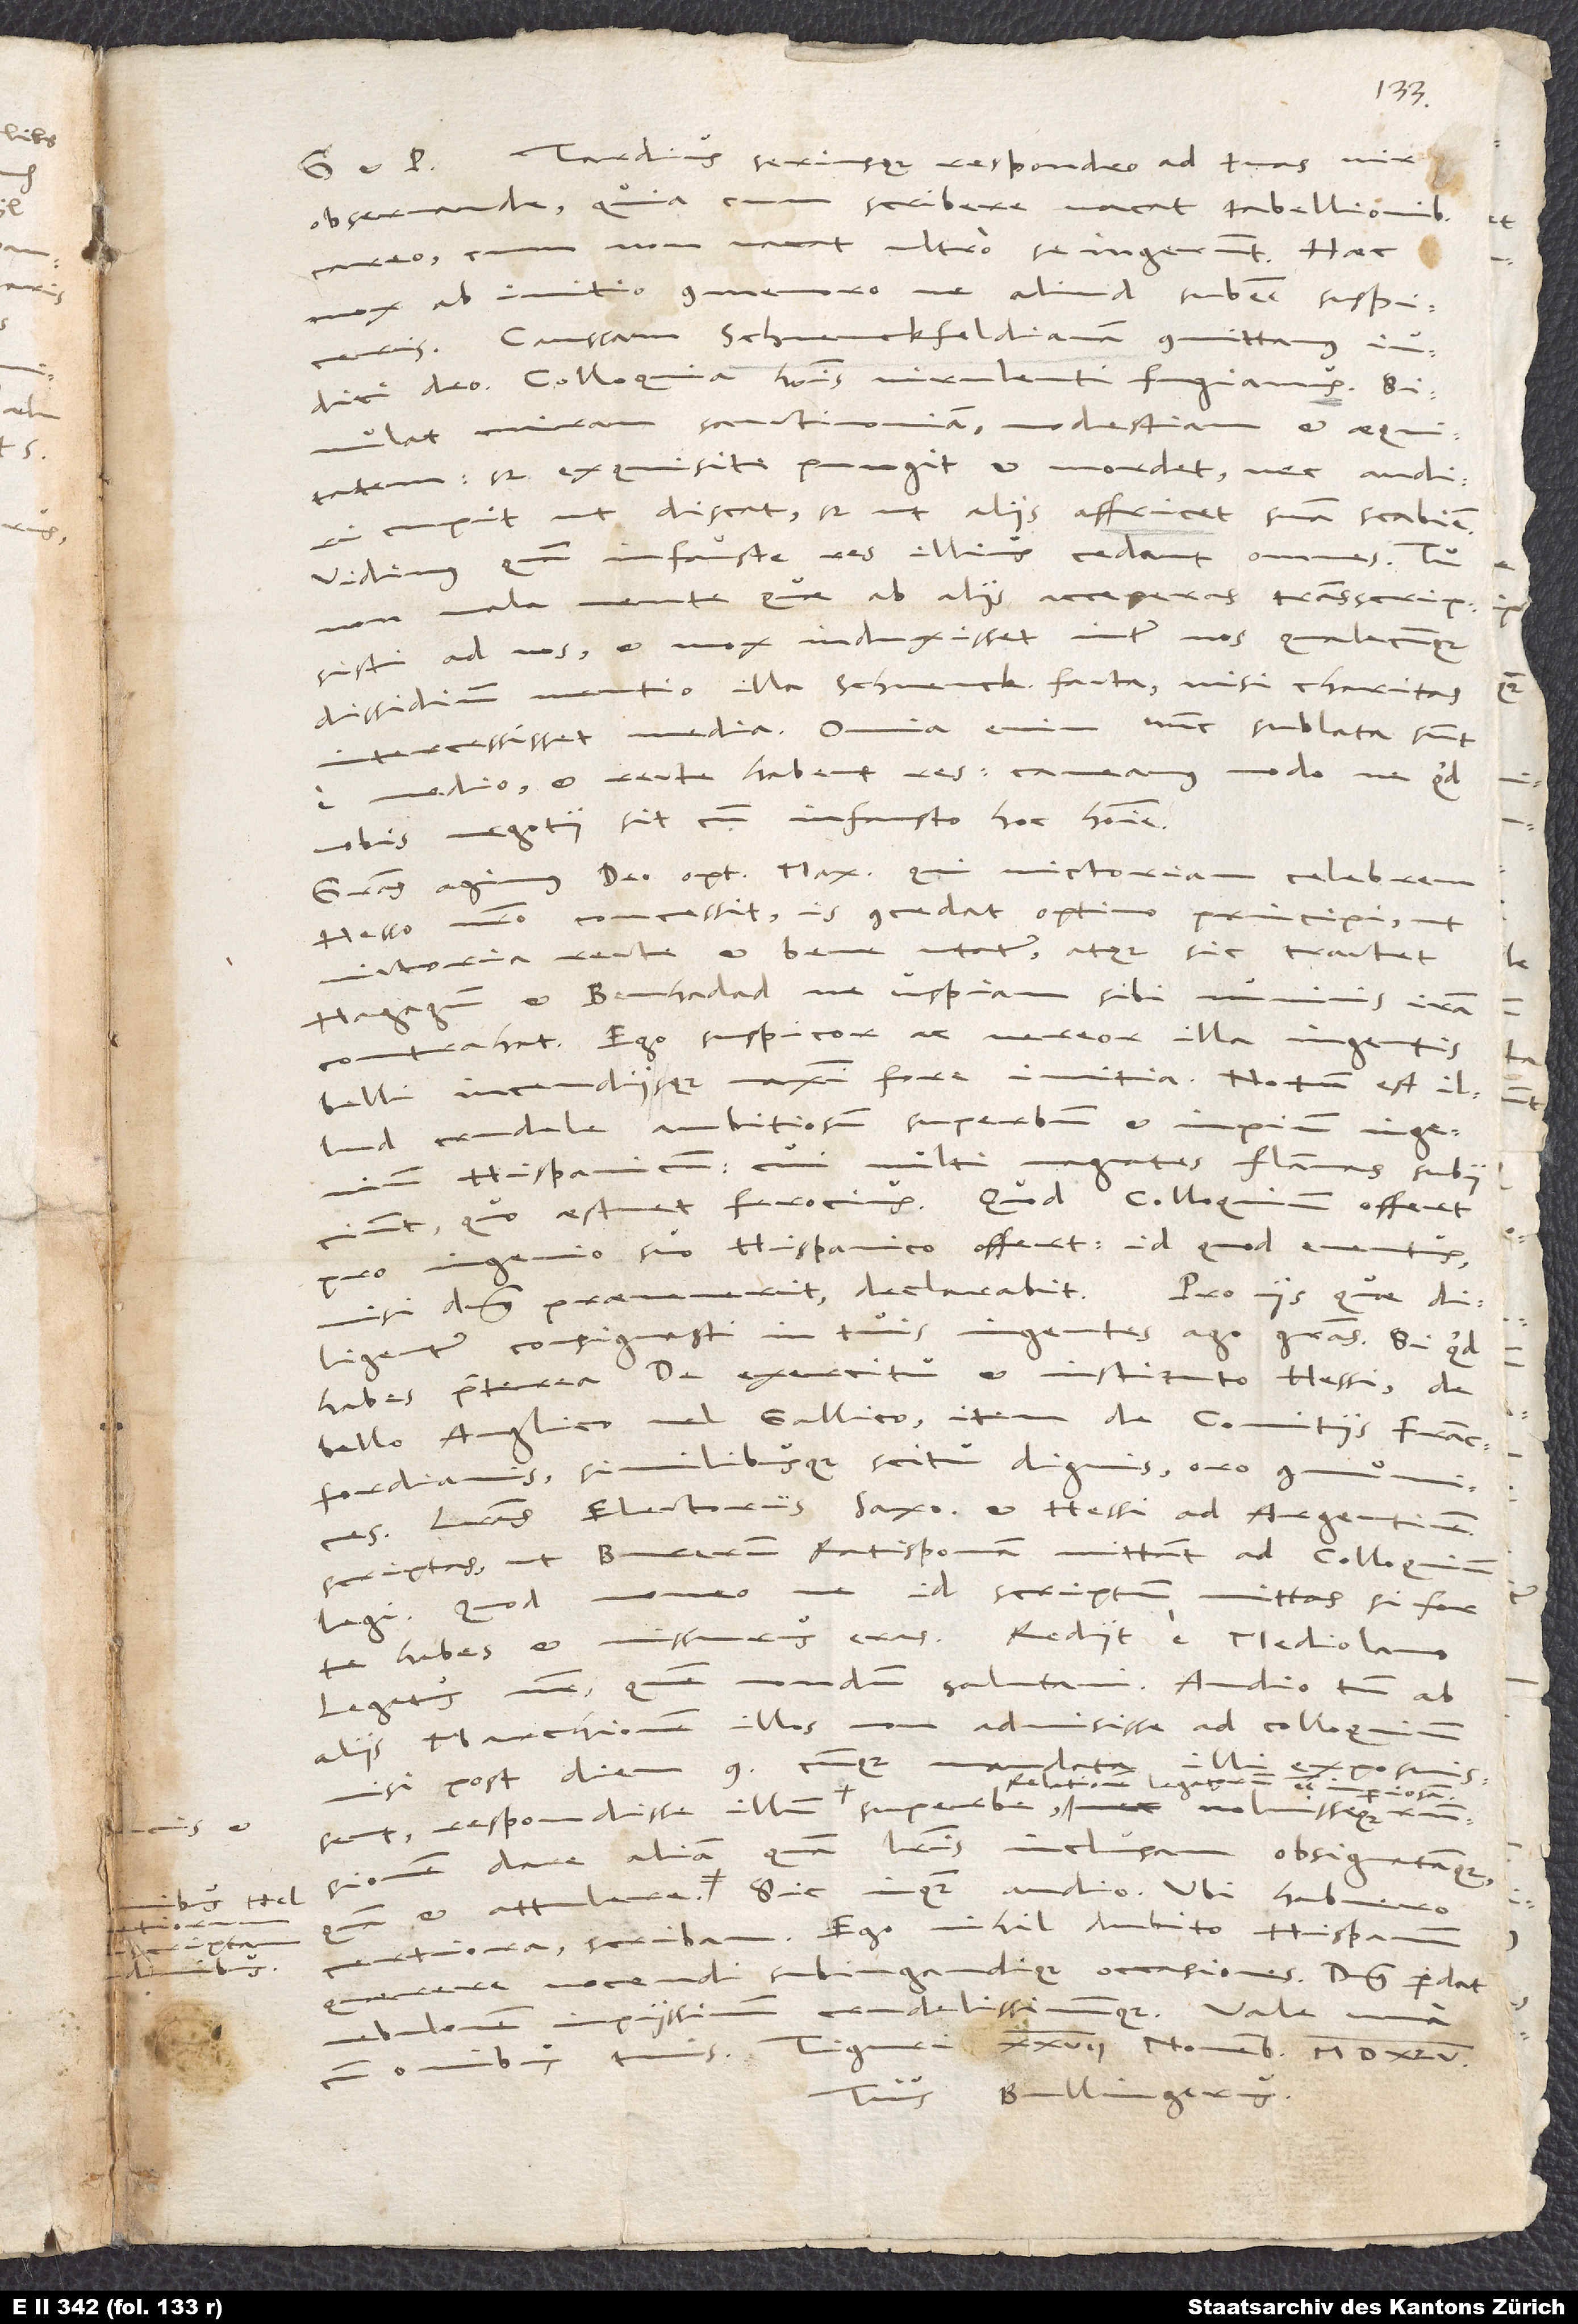
Tardius seriusque
respondeo ad tuas, vir
observande, quia, cum
scribere vacat, tabellionibus
careo, cum non vacat,
ultro se ingerunt.
mox ab initio commemoro, ne aliud subesse suspiceris.
Caussam Schvenckfeldianam committamus
iudici deo. Colloquia hominis virulenti fugiamus.
Simulat miram sanctimoniam, modestiam et aequitatem,
sed exquisite pungit et mordet, nec audiri
cupit, ut discat, sed ut aliis affricet suam scabiem.
Vidimus, quam infauste res illius cedant omnes: Tu
mala mente, quae ab aliis acceperas, transscripsisti
ad nos, et mox induxisset inter nos qualecunque
dissidium mentio illa Schvenckfeldii facta, nisi charitas
intercessisset media. Omnia enim nunc sublata sunt
e medio, et recte habent res. Caveamus modo, ne quid
vobis negotii sit cum infausto hoc homine!
Gratias agimus deo optimo maximo, qui victoriam celebrem
Hesso nostro concessit. Is concedat optimo principi, ut
victoria recte et bene utatur atque sic tractet
Hagagum et Benhadad, ne uspiam sibi numinis iram
contrahat. Ego suspicor ac vereor illa ingentis
belli incendiique maximi fore initia. Notum est illud
crudele, ambitiosum, superbum et impium ingenium
Hispanicum, cui multi magnates flammas subiiciunt,
quo aestuet ferocius. Quod colloquium offert,
pro ingenio suo Hispanico offert: Id quod eventus,
diligenter consignasti in tuis, ingentes ago gratias. Si quid
habes praeterea de exercitu et instituto Hessi, de
bello Anglico vel Gallico, item de comitiis Francfordianis
similibusque scitu dignis, oro communices.
Literas electoris Saxonis et Hessi ad Argentinenses
scriptas, ut Bucerum Ratisponam mittant ad colloquium,
moneo, ne id scriptum mittas, si forte
legi. Quod
nondum salutavi. Audio tamen ab
legatus noster,
aliis marchionem illos non admisisse ad colloquium,
mandata illi
nisi post diem 9., cumque
certiora, scribam. Ego nihil dubito Hispanum
occasiones. Dominus perdat
quaerere nocendi subiugandique
27. novembris 1545.
cum omnibus tuis.
Tuus
Bullingerus.